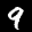
Label: 9